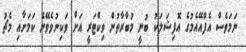
ނަމަވެސް އެފްއޭއެމުގެ އޮފިޝަލަކު ބުނީ މުބާރާތުން ވިކްޓަރީ އަށް ވަކިނުވެވޭނެ ކަމަށާއި މެޗު